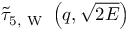
\tilde { \tau } _ { 5 , \mathrm { ~ W ~ } } \left( q , \sqrt { 2 E } \right)